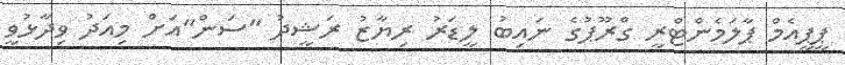
ޕީޕީއެމް ޕާލަމެންޓްރީ ގްރޫޕުގެ ނައިބު ލީޑަރު ރިޔާޒު ރަޝީދު "ސަން"އަށް މިއަދު ވިދާޅުވީ